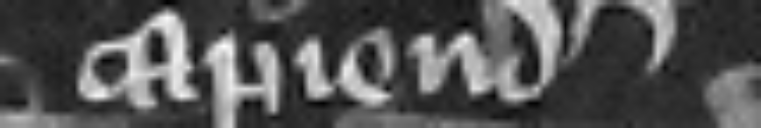
capiendo